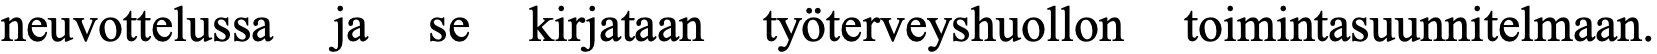
neuvottelussa ja se kirjataan työterveyshuollon toimintasuunnitelmaan.